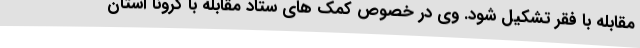
مقابله با فقر تشکیل شود. وی در خصوص کمک های ستاد مقابله با کرونا استان